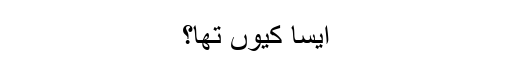
ایسا کیوں تھا؟